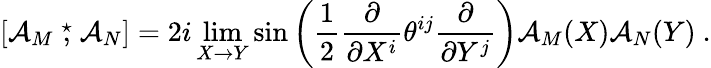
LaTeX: \left[{\cal A}_{M}\stackrel{\star}{,}{\cal A}_{N}\right]=2i\operatorname*{lim}_{X\rightarrow Y}\sin\left({\frac{1}{2}}\frac{\partial}{\partial X^{i}}\theta^{ij}\frac{\partial}{\partial Y^{j}}\right){\cal A}_{M}(X){\cal A}_{N}(Y)\ .